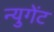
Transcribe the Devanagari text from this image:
न्युगेंट